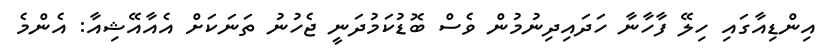
އިންޑިއާގައި ހިލޭ ފާހާނާ ހަދައިދިނުމުން ވެސް ބޮޑުކަމުދަނީ ޖެހުނު ތަނަކަށް އެއާއޭޝިއާ: އެންމެ